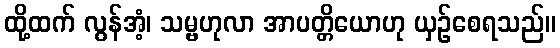
ထို့ထက် လွန်အံ့၊ သမ္ဗဟုလာ အာပတ္တိယောဟု ယှဉ်စေရသည်။